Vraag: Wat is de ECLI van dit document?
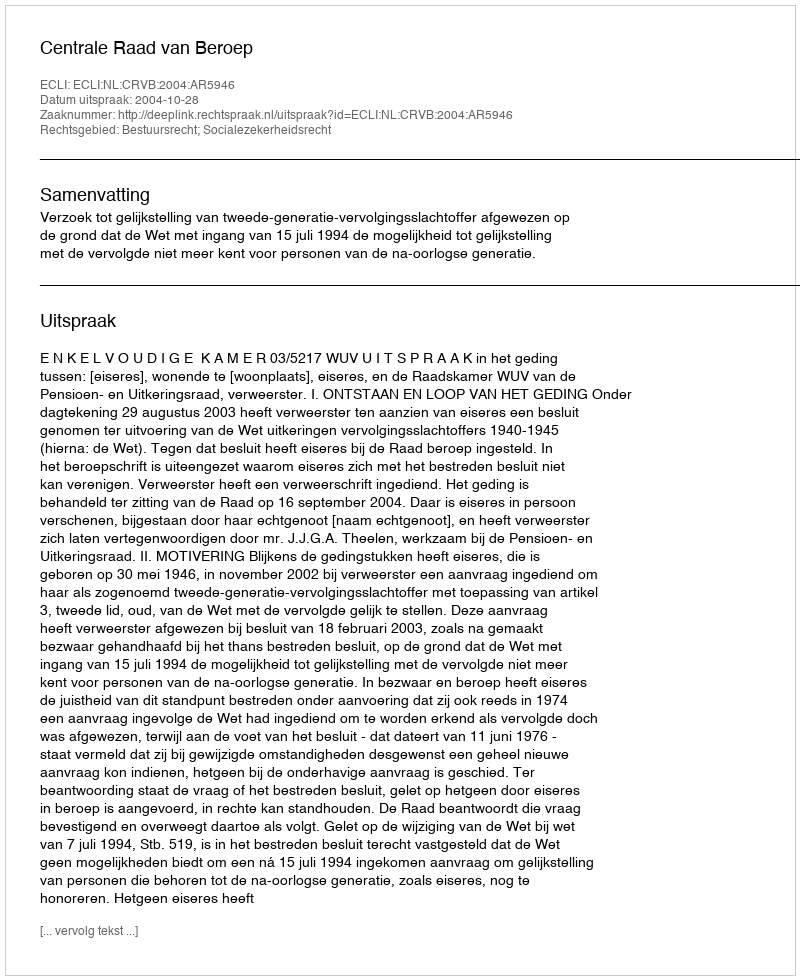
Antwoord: ECLI:NL:CRVB:2004:AR5946